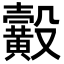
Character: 𪏙